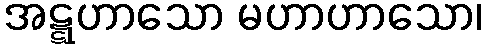
အဋ္ဋဟာသော မဟာဟာသော၊